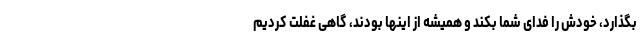
بگذارد، خودش را فدای شما بکند و همیشه از اینها بودند، گاهی غفلت کردیم